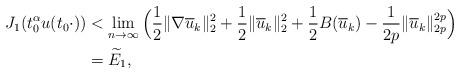
LaTeX: \begin{align*}J_{1}(t_{0}^{\alpha}u(t_{0}\cdot))&<\mathop{\lim}\limits_{n\rightarrow\infty}\Big(\frac{1}{2}\|\nabla\overline{u}_{k}\|_{2}^{2}+\frac{1}{2}\|\overline{u}_{k}\|_{2}^{2}+\frac{1}{2}B(\overline{u}_{k})-\frac{1}{2p}\|\overline{u}_{k}\|_{2p}^{2p}\Big)\\&=\widetilde{E}_{1},\end{align*}